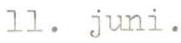
11. juni.